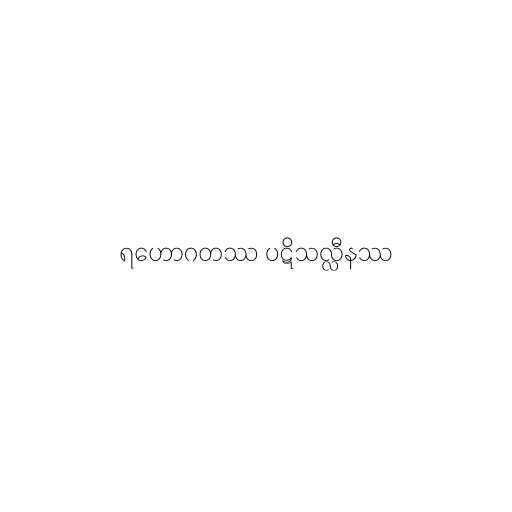
ရဟောဂတဿ ပဋိသလ္လီနဿ